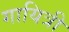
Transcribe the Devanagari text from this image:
गायित्री